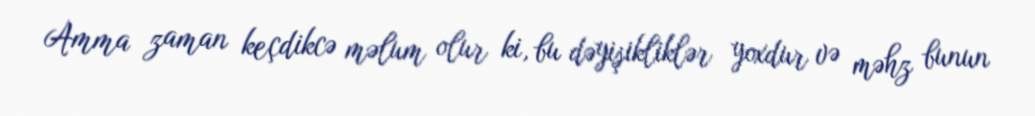
Amma zaman keçdikcə məlum olur ki, bu dəyişikliklər yoxdur və məhz bunun